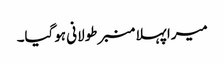
میرا پہلا منبر طولانی ہوگیا۔